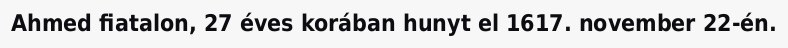
Ahmed fiatalon, 27 éves korában hunyt el 1617. november 22-én.